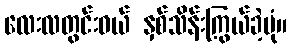
လေးလတွင်းဝယ် နှစ်သိန်းကြွယ်ခဲ့ပုံ။